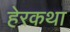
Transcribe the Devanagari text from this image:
हेरकथा